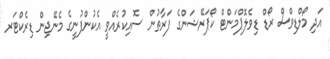
އަދި މޯލްޑިވްސް ރޯޑް ޑިވެލޮޕްމަންޓް ކޯޕަރޭޝަންގެ ފަރާތުން ސޮއިކުރެއްވީ އެކުންފުނީގެ މެނޭޖިން ޑިރެކްޓަރ